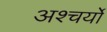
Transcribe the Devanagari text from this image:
अश्चर्यों